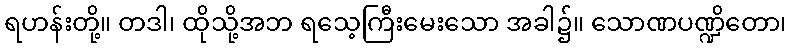
ရဟန်းတို့။ တဒါ၊ ထိုသို့အဘ ရသေ့ကြီးမေးသော အခါ၌။ သောဏပဏ္ဍိတော၊